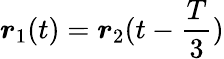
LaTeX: \boldsymbol{r}_{1}(t)=\boldsymbol{r}_{2}(t-\frac{T}{3})